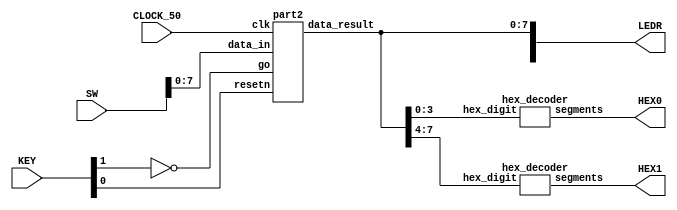
`timescale 1ns / 1ns 

//Sw[7:0] data_in

//KEY[0] synchronous reset when pressed
//KEY[1] go signal

//LEDR displays result
//HEX0 & HEX1 also displays result

module Lab6p2(SW, KEY, CLOCK_50, LEDR, HEX0, HEX1);
    input [9:0] SW; 
    input [3:0] KEY;
    input CLOCK_50;
    output [9:0] LEDR;
    output [6:0] HEX0, HEX1;

    wire resetn;
    wire go;

    wire [7:0] data_result;
    assign go = ~KEY[1];
    assign resetn = KEY[0];

    part2 u0(
        .clk(CLOCK_50),
        .resetn(resetn),
        .go(go),
        .data_in(SW[7:0]),
        .data_result(data_result)
    );
      
    assign LEDR[7:0] = data_result;

    hex_decoder H0(
        .hex_digit(data_result[3:0]), 
        .segments(HEX0)
        );
        
    hex_decoder H1(
        .hex_digit(data_result[7:4]), 
        .segments(HEX1)
        );

endmodule

module part2(
    input clk,
    input resetn,
    input go,
    input [7:0] data_in,
    output [7:0] data_result
    );

    // lots of wires to connect our datapath and control
    wire ld_a, ld_b, ld_c, ld_x, ld_r;
    wire ld_alu_out;
    wire [1:0]  alu_select_a, alu_select_b;
    wire alu_op;

    control C0(
        .clk(clk),
        .resetn(resetn),
        
        .go(go),
        
        .ld_alu_out(ld_alu_out), 
        .ld_x(ld_x),
        .ld_a(ld_a),
        .ld_b(ld_b),
        .ld_c(ld_c), 
        .ld_r(ld_r), 
        
        .alu_select_a(alu_select_a),
        .alu_select_b(alu_select_b),
        .alu_op(alu_op)
    );

    datapath D0(
        .clk(clk),
        .resetn(resetn),

        .ld_alu_out(ld_alu_out), 
        .ld_x(ld_x),
        .ld_a(ld_a),
        .ld_b(ld_b),
        .ld_c(ld_c), 
        .ld_r(ld_r), 

        .alu_select_a(alu_select_a),
        .alu_select_b(alu_select_b),
        .alu_op(alu_op),

        .data_in(data_in),
        .data_result(data_result)
    );
                
 endmodule        
                

module control(
    input clk,
    input resetn,
    input go,

    output reg  ld_a, ld_b, ld_c, ld_x, ld_r,
    output reg  ld_alu_out,
    output reg [1:0]  alu_select_a, alu_select_b,
    output reg alu_op
    );

    reg [5:0] current_state, next_state; 
    
    localparam  S_LOAD_A        = 5'd0,
                S_LOAD_A_WAIT   = 5'd1,
                S_LOAD_B        = 5'd2,
                S_LOAD_B_WAIT   = 5'd3,
                S_LOAD_C        = 5'd4,
                S_LOAD_C_WAIT   = 5'd5,
                S_LOAD_X        = 5'd6,
                S_LOAD_X_WAIT   = 5'd7,
                S_CYCLE_0       = 5'd8,
                S_CYCLE_1       = 5'd9,
                S_CYCLE_2       = 5'd10,
				S_CYCLE_3       = 5'd11,
				S_CYCLE_4       = 5'd12;
    
    // Next state logic aka our state table
    always@(*)
    begin: state_table 
            case (current_state)
                S_LOAD_A: next_state = go ? S_LOAD_A_WAIT : S_LOAD_A; // Loop in current state until value is input
                S_LOAD_A_WAIT: next_state = go ? S_LOAD_A_WAIT : S_LOAD_B; // Loop in current state until go signal goes low
                S_LOAD_B: next_state = go ? S_LOAD_B_WAIT : S_LOAD_B; // Loop in current state until value is input
                S_LOAD_B_WAIT: next_state = go ? S_LOAD_B_WAIT : S_LOAD_C; // Loop in current state until go signal goes low
                S_LOAD_C: next_state = go ? S_LOAD_C_WAIT : S_LOAD_C; // Loop in current state until value is input
                S_LOAD_C_WAIT: next_state = go ? S_LOAD_C_WAIT : S_LOAD_X; // Loop in current state until go signal goes low
                S_LOAD_X: next_state = go ? S_LOAD_X_WAIT : S_LOAD_X; // Loop in current state until value is input
                S_LOAD_X_WAIT: next_state = go ? S_LOAD_X_WAIT : S_CYCLE_0; // Loop in current state until go signal goes low
                S_CYCLE_0: next_state = S_CYCLE_1; // do B*x
                S_CYCLE_1: next_state = S_CYCLE_2; // do x*x
				S_CYCLE_2: next_state = S_CYCLE_3; // do A*(xx)
				S_CYCLE_3: next_state = S_CYCLE_4; // do (Ax)+(Bx)
				S_CYCLE_4: next_state = S_LOAD_A;  // do (Ax+Bx)+C
            default:     next_state = S_LOAD_A;
        endcase
    end // state_table
   

    // Output logic aka all of our datapath control signals
    always @(*)
    begin: enable_signals
        // By default make all our signals 0
        ld_alu_out = 1'b0;
        ld_a = 1'b0;
        ld_b = 1'b0;
        ld_c = 1'b0;
        ld_x = 1'b0;
        ld_r = 1'b0;
        alu_select_a = 2'b0;
        alu_select_b = 2'b0;
        alu_op       = 1'b0;

        case (current_state)
            S_LOAD_A: begin
                ld_a = 1'b1;
                end
            S_LOAD_B: begin
                ld_b = 1'b1;
                end
            S_LOAD_C: begin
                ld_c = 1'b1;
                end
            S_LOAD_X: begin
                ld_x = 1'b1;
                end
            S_CYCLE_0: begin // Do B*x
                alu_select_a = 2'b01;
				alu_select_b = 2'b11;
				alu_op = 1'b1;
				ld_alu_out = 1'b1;
				ld_b = 1'b1;
            end
            S_CYCLE_1: begin // Do x*x
                alu_select_a = 2'b11;
				alu_select_b = 2'b11;
				alu_op = 1'b1;
				ld_alu_out = 1'b1;
				ld_x = 1'b1;
            end 
			S_CYCLE_2: begin // Do A*(xx)
				alu_select_a = 2'b00;
				alu_select_b = 2'b11;
				alu_op = 1'b1;
				ld_alu_out = 1'b1;
				ld_a = 1'b1;
			end
			S_CYCLE_3: begin // Do (Axx)+(Bx)
				alu_select_a = 2'b00;
				alu_select_b = 2'b01;
				alu_op = 1'b0;
				ld_alu_out = 1'b1;
				ld_b = 1'b1;
			end
			S_CYCLE_4: begin // Do (Axx+Bx)+C
				alu_select_a = 2'b01;
				alu_select_b = 2'b10;
				alu_op = 1'b0;
				ld_r = 1'b1;
				ld_alu_out = 1'b0;
			end
        // default:    // don't need default since we already made sure all of our outputs were assigned a value at the start of the always block
        endcase
    end // enable_signals
   
    // current_state registers
    always@(posedge clk)
    begin: state_FFs
        if(!resetn)
            current_state <= S_LOAD_A;
        else
            current_state <= next_state;
    end // state_FFS
endmodule

module datapath(
    input clk,
    input resetn,
    input [7:0] data_in,
    input ld_alu_out, 
    input ld_x, ld_a, ld_b, ld_c,
    input ld_r,
    input alu_op, 
    input [1:0] alu_select_a, alu_select_b,
    output reg [7:0] data_result
    );
    
    // input registers
    reg [7:0] a, b, c, x;

    // output of the alu
    reg [7:0] alu_out;
    // alu input muxes
    reg [7:0] alu_a, alu_b;
    
    // Registers a, b, c, x with respective input logic
    always@(posedge clk) begin
        if(!resetn) begin
            a <= 8'b0; 
            b <= 8'b0; 
            c <= 8'b0; 
            x <= 8'b0; 
        end
        else begin
            if(ld_a)
                a <= ld_alu_out ? alu_out : data_in; // load alu_out if load_alu_out signal is high, otherwise load from data_in
            if(ld_b)
                b <= ld_alu_out ? alu_out : data_in; // load alu_out if load_alu_out signal is high, otherwise load from data_in
            if(ld_x)
                x <= ld_alu_out ? alu_out : data_in; // <-------changed here
            if(ld_c)
                c <= ld_alu_out ? alu_out : data_in; // <-------changed here
        end
    end
 
    // Output result register
    always@(posedge clk) begin
        if(!resetn) begin
            data_result <= 8'b0; 
        end
        else 
            if(ld_r)
                data_result <= alu_out;
    end

    // The ALU input multiplexers
    always @(*)
    begin
        case (alu_select_a)
            2'd0:
                alu_a = a;
            2'd1:
                alu_a = b;
            2'd2:
                alu_a = c;
            2'd3:
                alu_a = x;
            default: alu_a = 8'b0;
        endcase

        case (alu_select_b)
            2'd0:
                alu_b = a;
            2'd1:
                alu_b = b;
            2'd2:
                alu_b = c;
            2'd3:
                alu_b = x;
            default: alu_b = 8'b0;
        endcase
    end

    // The ALU 
    always @(*)
    begin : ALU
        // alu
        case (alu_op)
            0: begin
                   alu_out = alu_a + alu_b; //performs addition
               end
            1: begin
                   alu_out = alu_a * alu_b; //performs multiplication
               end
            default: alu_out = 8'b0;
        endcase
    end
    
endmodule


module hex_decoder(hex_digit, segments);
    input [3:0] hex_digit;
    output reg [6:0] segments;
   
    always @(*)
        case (hex_digit)
            4'h0: segments = 7'b100_0000;
            4'h1: segments = 7'b111_1001;
            4'h2: segments = 7'b010_0100;
            4'h3: segments = 7'b011_0000;
            4'h4: segments = 7'b001_1001;
            4'h5: segments = 7'b001_0010;
            4'h6: segments = 7'b000_0010;
            4'h7: segments = 7'b111_1000;
            4'h8: segments = 7'b000_0000;
            4'h9: segments = 7'b001_1000;
            4'hA: segments = 7'b000_1000;
            4'hB: segments = 7'b000_0011;
            4'hC: segments = 7'b100_0110;
            4'hD: segments = 7'b010_0001;
            4'hE: segments = 7'b000_0110;
            4'hF: segments = 7'b000_1110;   
            default: segments = 7'h7f;
        endcase
endmodule